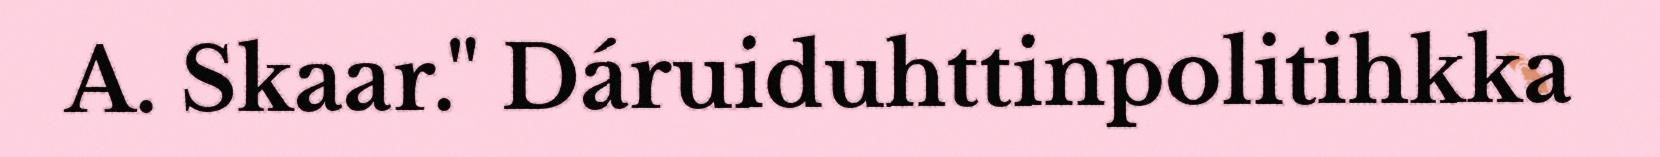
A. Skaar." Dáruiduhttinpolitihkka